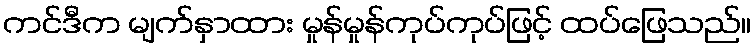
ကင်ဒီက မျက်နှာထား မှုန်မှုန်ကုပ်ကုပ်ဖြင့် ထပ်ဖြေသည်။